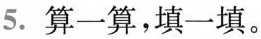
5.算一算，填一填。